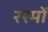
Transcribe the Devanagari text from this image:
रश्मों